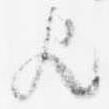
歟